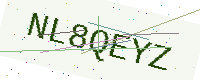
Text: NL8QEYZ